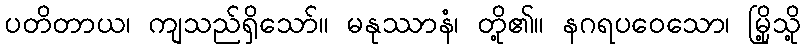
ပတိတာယ၊ ကျသည်ရှိသော်။ မနုဿာနံ၊ တို့၏။ နဂရပဝေသော၊ မြို့သို့